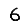
Digit: 6